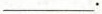
___.